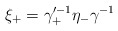
\begin{align*}\xi_+ = \gamma_+^{\prime -1} \eta_- \gamma^{-1}\end{align*}